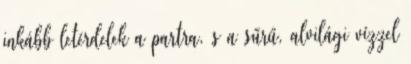
inkább letérdelek a partra, s a sűrű, alvilági vízzel